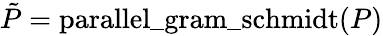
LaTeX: \tilde{P}=\mathrm{parallel{\_ }gram{\_ }schmidt}(P)